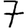
Digit: 7